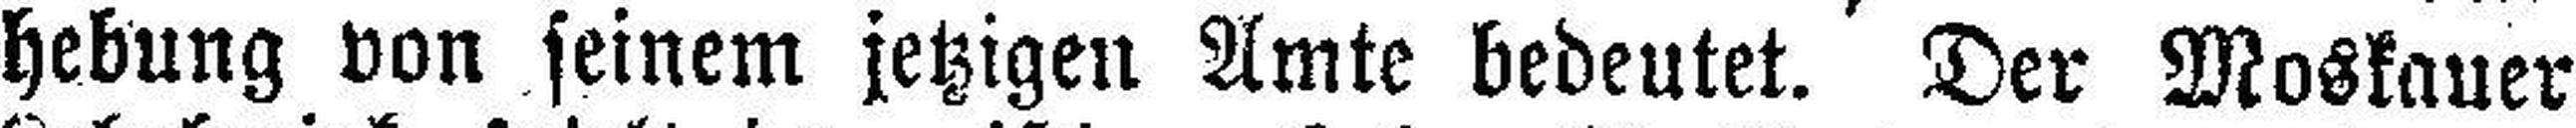
hebung von seinem jetzigen Amte bedeutet. Der Moskauer